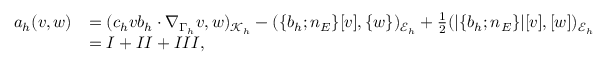
\begin{array} { r l } { a _ { h } ( v , w ) } & { = ( c _ { h } v b _ { h } \cdot \nabla _ { \Gamma _ { h } } v , w ) _ { \mathcal { K } _ { h } } - ( \{ b _ { h } ; n _ { E } \} [ v ] , \{ w \} ) _ { \mathcal { E } _ { h } } + \frac { 1 } { 2 } ( | \{ b _ { h } ; n _ { E } \} | [ v ] , [ w ] ) _ { \mathcal { E } _ { h } } } \\ & { = I + I I + I I I , } \end{array}